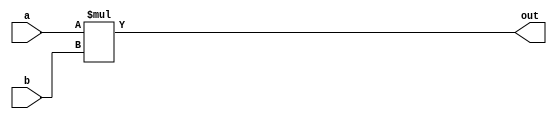
module multiplier (
input [15:0] a, b,
output [15:0] out
);

wire signed [15:0] signed_a, signed_b;

assign signed_a = a;
assign signed_b = b;

assign out = signed_a*signed_b;

endmodule